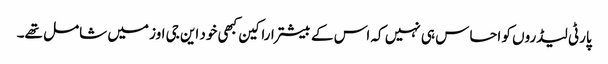
پارٹی لیڈروں کو احساس ہی نہیں کہ اس کے بیشتر اراکین کبھی خود این جی اوز میں شامل تھے۔